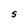
Character: S